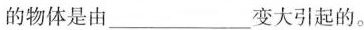
的物体是由___变大引起的。